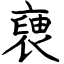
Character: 褏